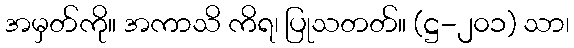
အမှတ်ကို။ အကာသိ ကိရ၊ ပြုသတတ်။ (ဋ္ဌ-၂၀၁) သာ၊